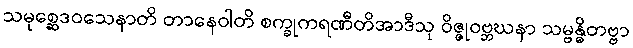
သမုစ္ဆေဒဝသေနာတိ တာနေဝါတိ စက္ခုကရဏီတိအာဒီသု ဝိဇ္ဇုဝဗ္ဘဃနာ သမ္ဗန္ဓိတဗ္ဗာ